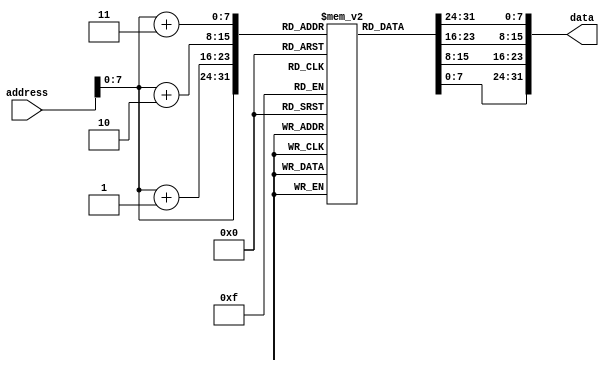
//! @file  rv32i_pmem.v
//! @brief 

/// @brief 

module ProgramMemory (
    input [31:0] address,
    output reg [31:0] data
    );
    localparam LENGTH = 256; //0x200
    reg [7: 0] mem[LENGTH-1: 0];
    
    always @(*) begin
        data = {mem[address+3], mem[address+2], mem[address+1], mem[address]};
    end

    integer i;
    initial begin
        for(i = 0; i < LENGTH; i = i + 1) begin
           mem[i] = 0;
        end
        mem[8'h00] = 8'h13; // write
        mem[8'h01] = 8'h05;
        mem[8'h02] = 8'h00;
        mem[8'h03] = 8'h20;
        mem[8'h04] = 8'h93; // write
        mem[8'h05] = 8'h05;
        mem[8'h06] = 8'h40;
        mem[8'h07] = 8'h00;
        mem[8'h08] = 8'h93; // write
        mem[8'h09] = 8'h06;
        mem[8'h0A] = 8'h40;
        mem[8'h0B] = 8'h20;
        mem[8'h0C] = 8'h13; // write
        mem[8'h0D] = 8'h07;
        mem[8'h0E] = 8'h10;
        mem[8'h0F] = 8'h00;
        mem[8'h10] = 8'h63; // write
        mem[8'h11] = 8'h64;
        mem[8'h12] = 8'hB7;
        mem[8'h13] = 8'h00;
        mem[8'h14] = 8'h6F; // write
        mem[8'h15] = 8'h00;
        mem[8'h16] = 8'h00;
        mem[8'h17] = 8'h04;
        mem[8'h18] = 8'h03; // write
        mem[8'h19] = 8'hA8;
        mem[8'h1A] = 8'h06;
        mem[8'h1B] = 8'h00;
        mem[8'h1C] = 8'h13; //
        mem[8'h1D] = 8'h86;
        mem[8'h1E] = 8'h06;
        mem[8'h1F] = 8'h00;
        mem[8'h20] = 8'h93; //
        mem[8'h21] = 8'h07;
        mem[8'h22] = 8'h07;
        mem[8'h23] = 8'h00;
        mem[8'h24] = 8'h83; //
        mem[8'h25] = 8'h28;
        mem[8'h26] = 8'hC6;
        mem[8'h27] = 8'hFF;
        mem[8'h28] = 8'h63; //
        mem[8'h29] = 8'h5A;
        mem[8'h2A] = 8'h18;
        mem[8'h2B] = 8'h01;
        mem[8'h2C] = 8'h23; //
        mem[8'h2D] = 8'h20;
        mem[8'h2E] = 8'h16;
        mem[8'h2F] = 8'h01;
        mem[8'h30] = 8'h93; //
        mem[8'h31] = 8'h87;
        mem[8'h32] = 8'hF7;
        mem[8'h33] = 8'hFF;
        mem[8'h34] = 8'h13; //
        mem[8'h35] = 8'h06;
        mem[8'h36] = 8'hC6;
        mem[8'h37] = 8'hFF;
        mem[8'h38] = 8'hE3; //
        mem[8'h39] = 8'h96;
        mem[8'h3A] = 8'h07;
        mem[8'h3B] = 8'hFE;
        mem[8'h3C] = 8'h93; // write
        mem[8'h3D] = 8'h97;
        mem[8'h3E] = 8'h27;
        mem[8'h3F] = 8'h00;
        mem[8'h40] = 8'hB3; //
        mem[8'h41] = 8'h07;
        mem[8'h42] = 8'hF5;
        mem[8'h43] = 8'h00;
        mem[8'h44] = 8'h23; //
        mem[8'h45] = 8'hA0;
        mem[8'h46] = 8'h07;
        mem[8'h47] = 8'h01;
        mem[8'h48] = 8'h13; //
        mem[8'h49] = 8'h07;
        mem[8'h4A] = 8'h17;
        mem[8'h4B] = 8'h00;
        mem[8'h4C] = 8'h93; //
        mem[8'h4D] = 8'h86;
        mem[8'h4E] = 8'h46;
        mem[8'h4F] = 8'h00;
        mem[8'h50] = 8'h6F; //
        mem[8'h51] = 8'hF0;
        mem[8'h52] = 8'h1F;
        mem[8'h53] = 8'hFC;
        mem[8'h54] = 8'h6F; //
        mem[8'h55] = 8'h00;
        mem[8'h56] = 8'h00;
        mem[8'h57] = 8'h00;
    end
endmodule